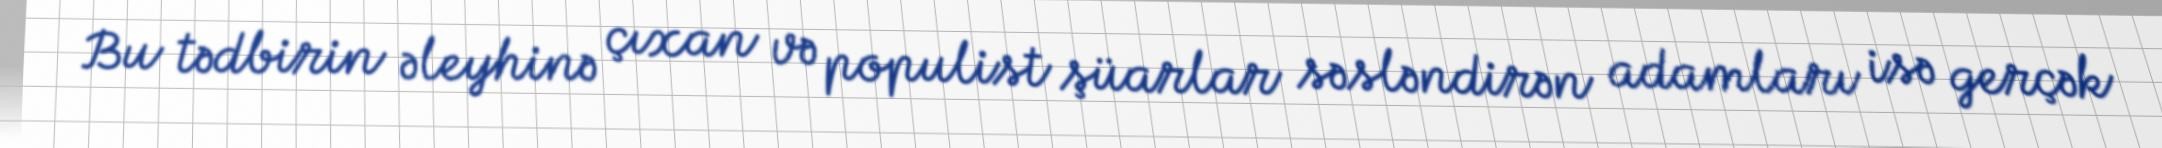
Bu tədbirin əleyhinə çıxan və populist şüarlar səsləndirən adamları isə gerçək